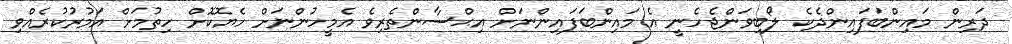
ދަރިން މައިންބަފައިންދެކެ ލޯބިވަންޖެހެނީ އެ މައިންބަފައިންނަށް އިޙްސާންތެރިވެ އެމީހުންނަށް ހެޔޮކޮށް ހިތުމަށް އަމުރުކުރެއްވި